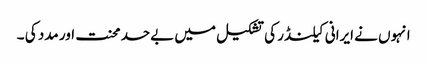
انہوں نے ایرانی کیلنڈر کی تشکیل میں بےحد محنت اور مدد کی ۔